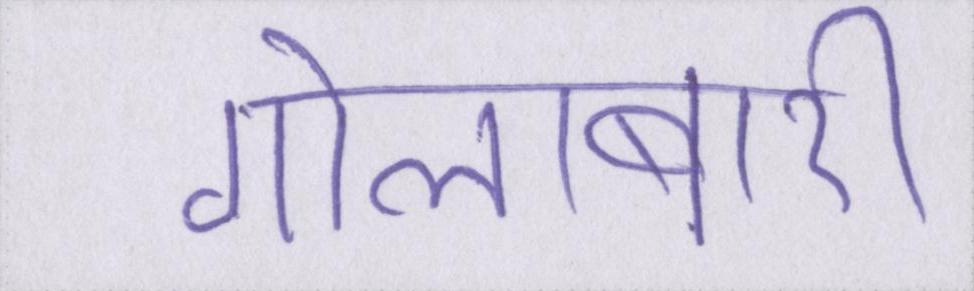
गोलाबारी